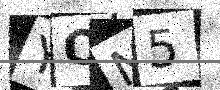
Text: YON5